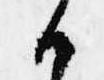
候